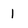
Character: 1